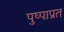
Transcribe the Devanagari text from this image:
पुष्पाप्रत